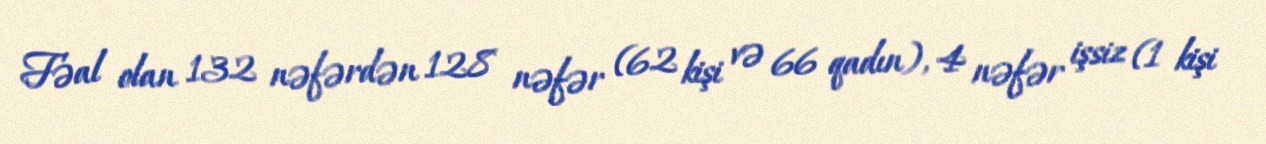
Fəal olan 132 nəfərdən 128 nəfər (62 kişi və 66 qadın), 4 nəfər işsiz (1 kişi